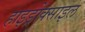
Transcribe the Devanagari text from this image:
हाइड्रोक्साइल